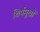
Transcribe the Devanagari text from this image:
शिर्षमुखों